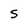
Character: S